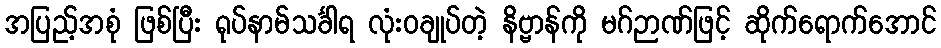
အပြည့်အစုံ ဖြစ်ပြီး ရုပ်နာမ်သင်္ခါရ လုံးဝချုပ်တဲ့ နိဗ္ဗာန်ကို မဂ်ဉာဏ်ဖြင့် ဆိုက်ရောက်အောင်